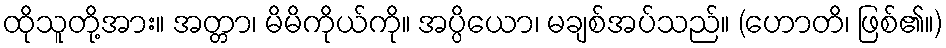
ထိုသူတို့အား။ အတ္တာ၊ မိမိကိုယ်ကို။ အပ္ပိယော၊ မချစ်အပ်သည်။ (ဟောတိ၊ ဖြစ်၏။)